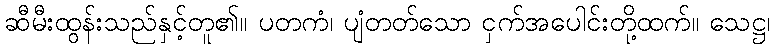
ဆီမီးထွန်းသည်နှင့်တူ၏။ ပတကံ၊ ပျံတတ်သော ငှက်အပေါင်းတို့ထက်။ သေဋ္ဌ၊